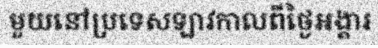
មួយនៅប្រទេសឡាវកាលពីថ្ងៃអង្គារ